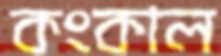
কংকাল